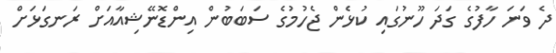
ދެ ވަނަ ހާފުގެ ގަދަ ހޫނުގައި ކުޅެން ޖެހުމުގެ ސަބަބުން އިންޑޮނޭޝިއާއަށް ރަނގަޅަށް